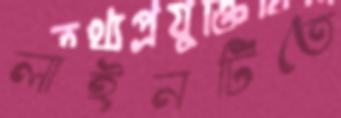
লাইনটিতে